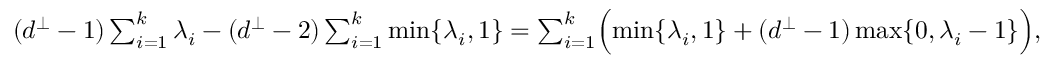
\begin{array} { r l } & { ( d ^ { \perp } - 1 ) \sum _ { i = 1 } ^ { k } \lambda _ { i } - ( d ^ { \perp } - 2 ) \sum _ { i = 1 } ^ { k } \operatorname* { m i n } \{ \lambda _ { i } , 1 \} = \sum _ { i = 1 } ^ { k } \Bigl ( \operatorname* { m i n } \{ \lambda _ { i } , 1 \} + ( d ^ { \perp } - 1 ) \operatorname* { m a x } \{ 0 , \lambda _ { i } - 1 \} \Bigr ) , } \end{array}